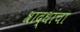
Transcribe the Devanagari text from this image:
श्राद्धांचा